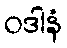
ဝဒါနံ